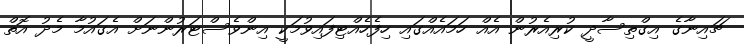
ޗައިނާގެ އިގްތިސާދީ ކުރިއެރުން އެއް ހަމައެއްގައި ހިފެހެއްޓިފައިވުމަކީ އިންވެސްޓަރުންނަށް އެގައުމާ މެދު އޮތް